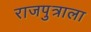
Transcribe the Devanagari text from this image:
राजपुत्राला